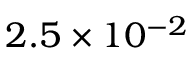
2 . 5 \times 1 0 ^ { - 2 }